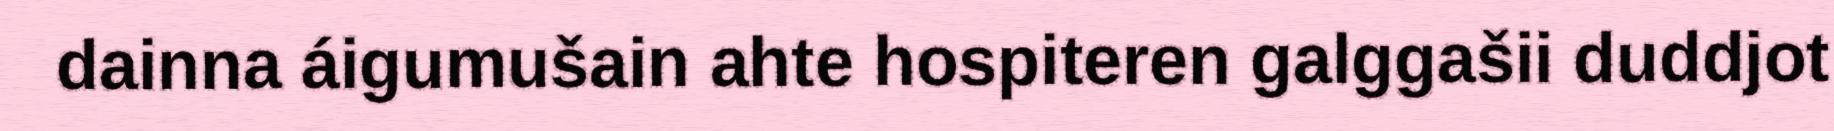
dainna áigumušain ahte hospiteren galggašii duddjot